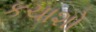
કચાશો